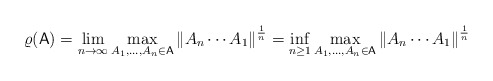
\begin{align*}\varrho(\mathsf{A})=\lim_{n \to\infty} \max_{A_1,\ldots,A_n \in \mathsf{A}} \left\|A_n\cdots A_1\right\|^{\frac{1}{n}}= \inf_{n \geq1} \max_{A_1,\ldots,A_n \in \mathsf{A}} \left\|A_n\cdots A_1\right\|^{\frac{1}{n}}\end{align*}